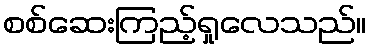
စစ်ဆေးကြည့်ရှုလေသည်။